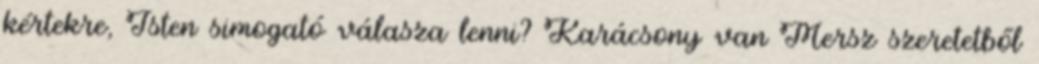
kértekre, Isten simogató válasza lenni? Karácsony van Mersz szeretetből